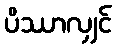
ပိဿာလျှင်